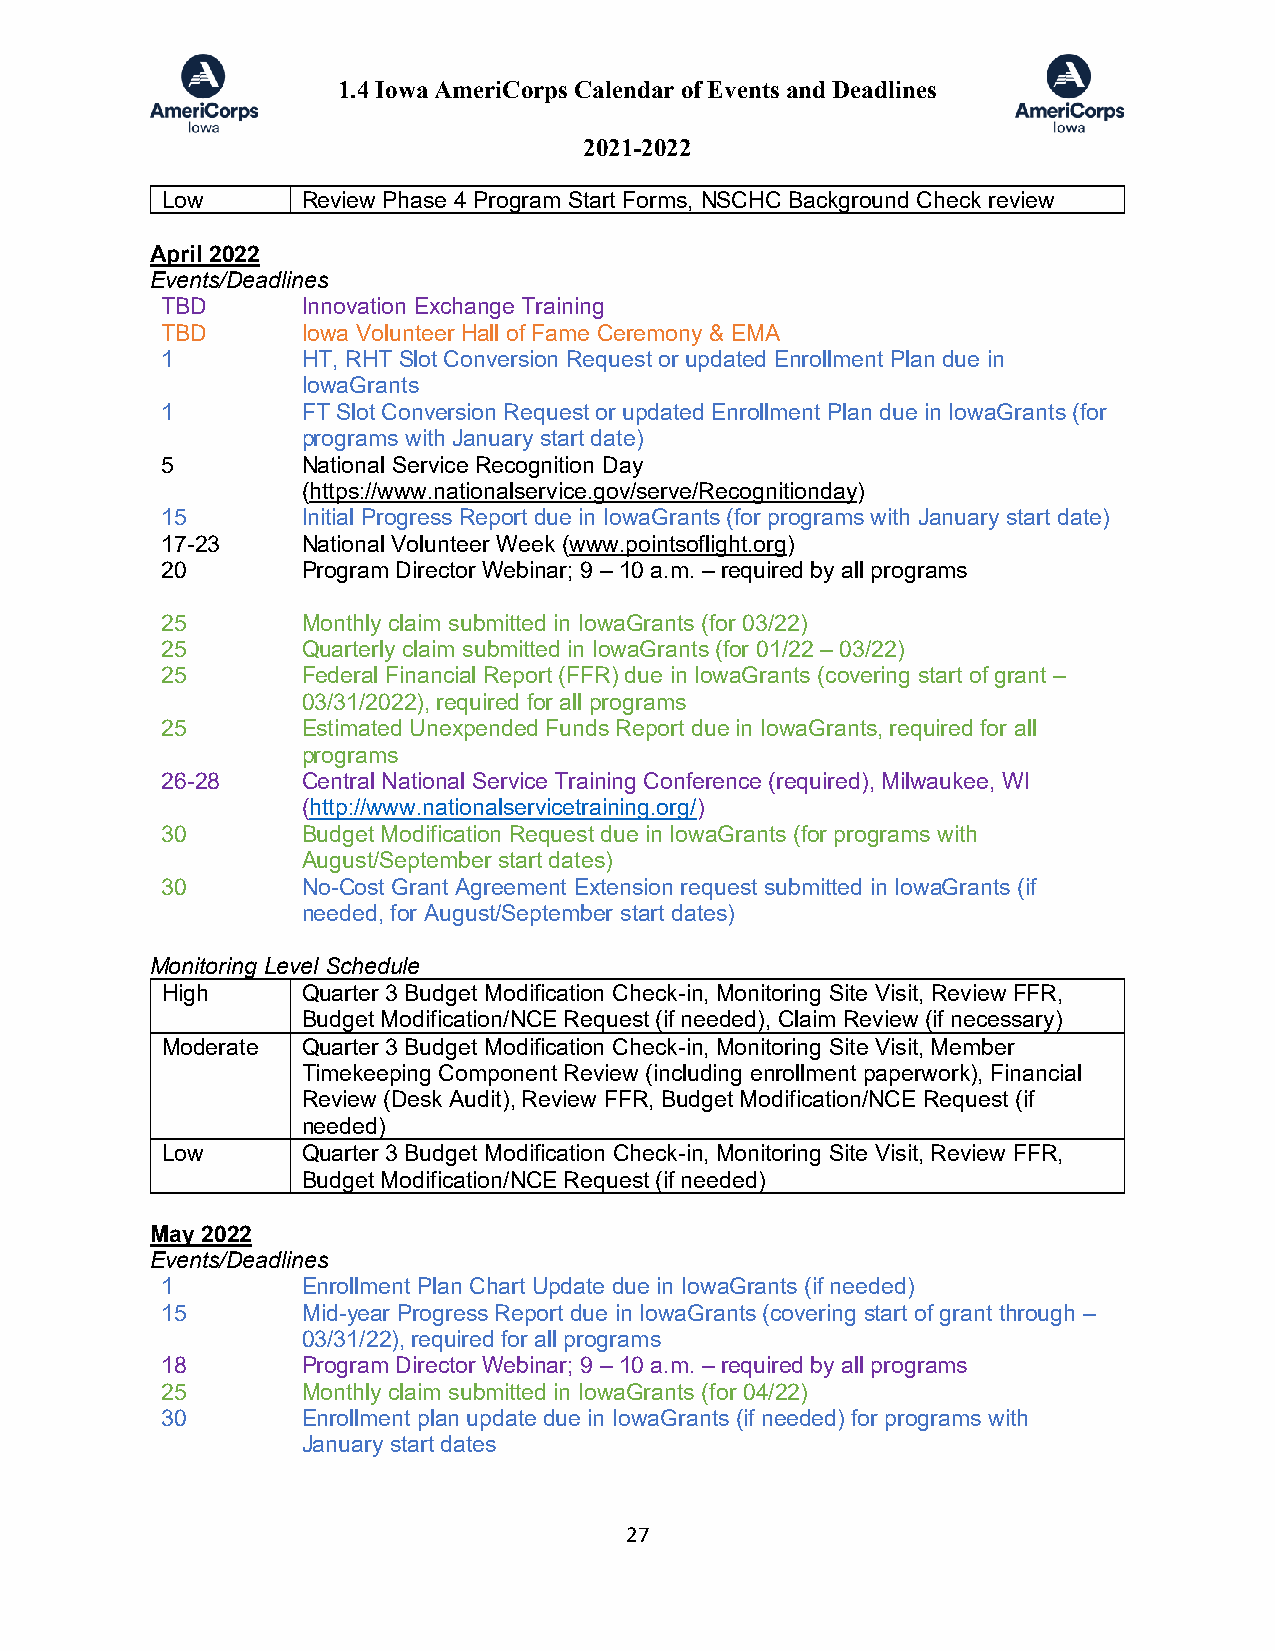
1.4 Iowa AmeriCorps Calendar of Events and Deadlines
 2021-2022
 Low      Review Phase 4 Program Start Forms, NSCHC Background Check review
 April 2022
 Events/Deadlines
 TBD      Innovation Exchange Training
 TBD      Iowa Volunteer Hall of Fame Ceremony & EMA
 1        HT, RHT Slot Conversion Request or updated Enrollment Plan due in
 IowaGrants
 1        FT Slot Conversion Request or updated Enrollment Plan due in IowaGrants (for
 programs with January start date)
 5        National Service Recognition Day
 (https://www.nationalservice.gov/serve/Recognitionday)
 15       Initial Progress Report due in IowaGrants (for programs with January start date)
 17-23    National Volunteer Week (www.pointsoflight.org)
 20       Program Director Webinar; 9 – 10 a.m. – required by all programs
 25       Monthly claim submitted in IowaGrants (for 03/22)
 25       Quarterly claim submitted in IowaGrants (for 01/22 – 03/22)
 25       Federal Financial Report (FFR) due in IowaGrants (covering start of grant –
 03/31/2022), required for all programs
 25       Estimated Unexpended Funds Report due in IowaGrants, required for all
 programs
 26-28    Central National Service Training Conference (required), Milwaukee, WI
 (http://www.nationalservicetraining.org/)
 30       Budget Modification Request due in IowaGrants (for programs with
 August/September start dates)
 30       No-Cost Grant Agreement Extension request submitted in IowaGrants (if
 needed, for August/September start dates)
 Monitoring Level Schedule
 High     Quarter 3 Budget Modification Check-in, Monitoring Site Visit, Review FFR,
 Budget Modification/NCE Request (if needed), Claim Review (if necessary)
 Moderate Quarter 3 Budget Modification Check-in, Monitoring Site Visit, Member
 Timekeeping Component Review (including enrollment paperwork), Financial
 Review (Desk Audit), Review FFR, Budget Modification/NCE Request (if
 needed)
 Low      Quarter 3 Budget Modification Check-in, Monitoring Site Visit, Review FFR,
 Budget Modification/NCE Request (if needed)
 May 2022
 Events/Deadlines
 1        Enrollment Plan Chart Update due in IowaGrants (if needed)
 15       Mid-year Progress Report due in IowaGrants (covering start of grant through –
 03/31/22), required for all programs
 18       Program Director Webinar; 9 – 10 a.m. – required by all programs
 25       Monthly claim submitted in IowaGrants (for 04/22)
 30       Enrollment plan update due in IowaGrants (if needed) for programs with
 January start dates
 27